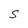
Character: S